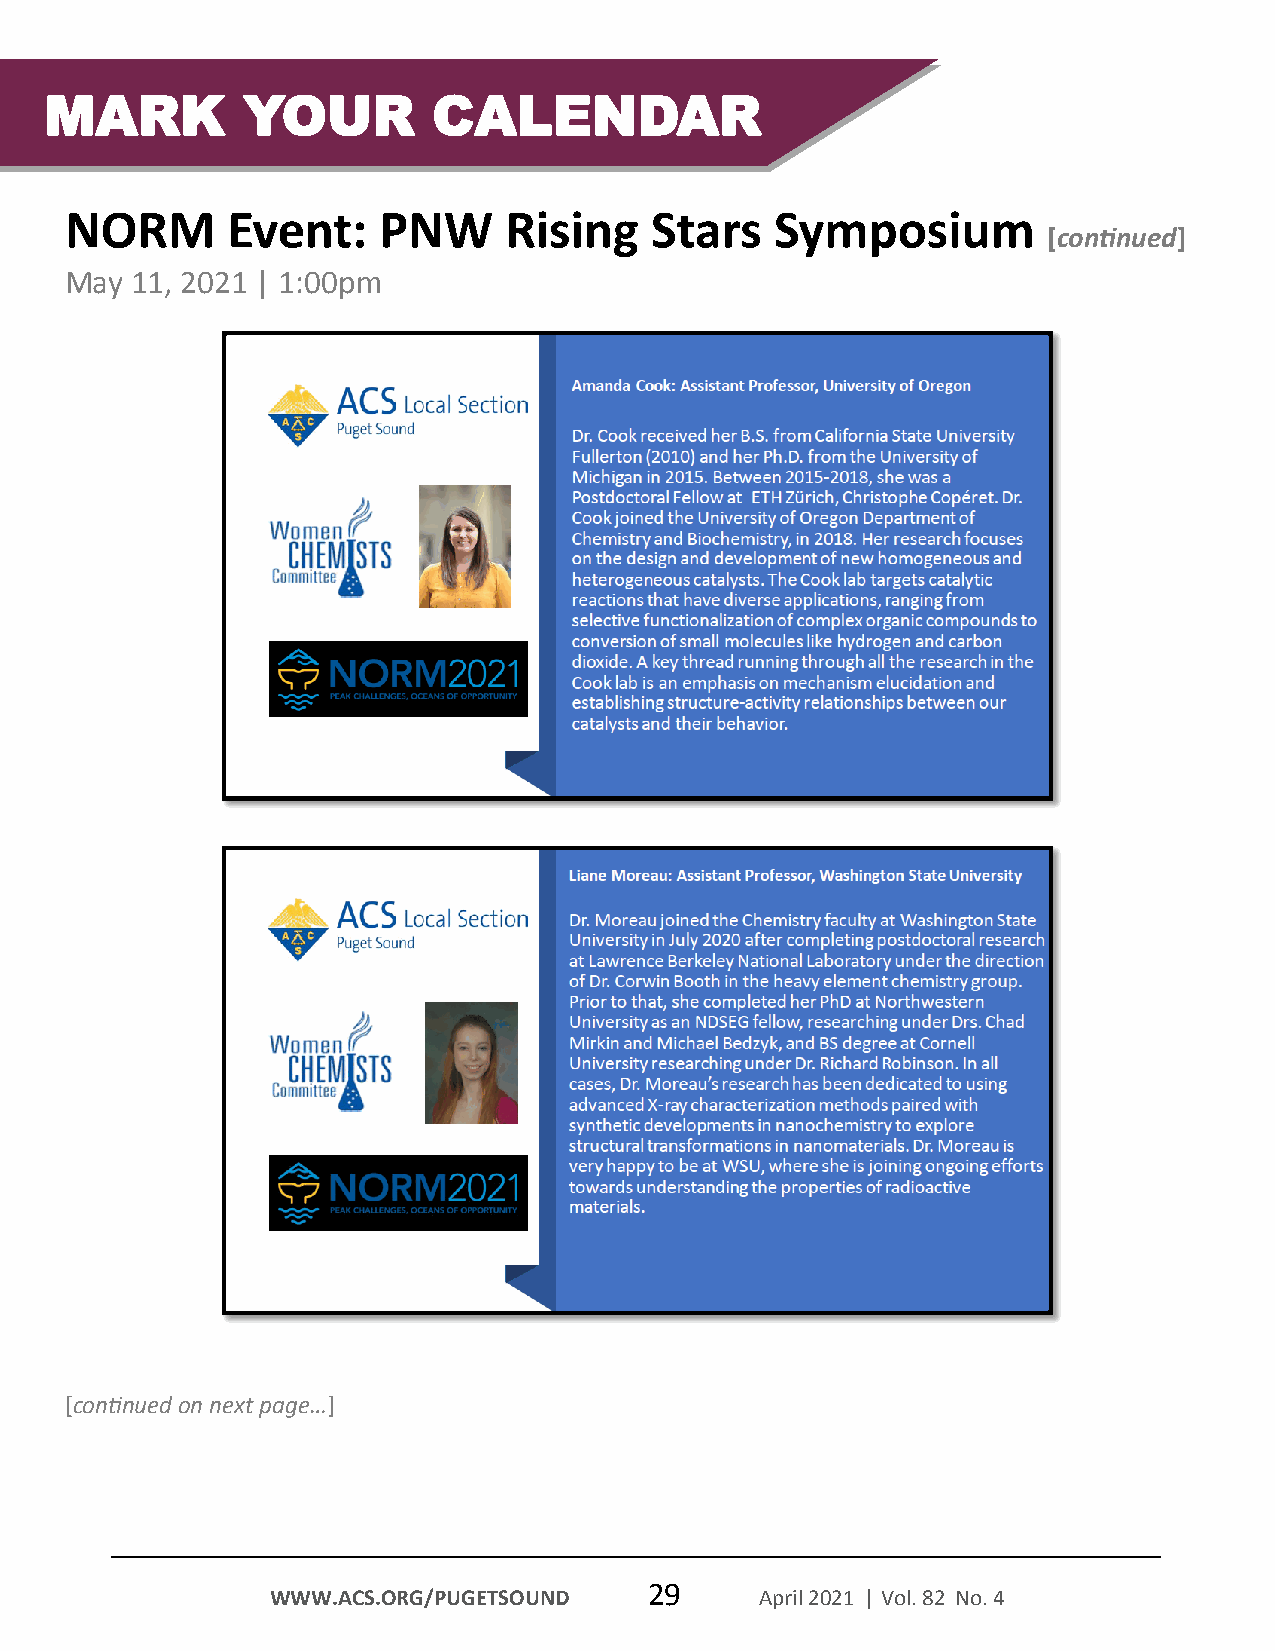
MARK         YOUR         CALENDAR
 NORM       Event:    PNW     Rising    Stars   Symposium
 [continued]
 May  11, 2021 | 1:00pm
 [continued on next page…]
 29
 WWW.ACS.ORG/PUGETSOUND          April 2021 | Vol. 82 No. 4